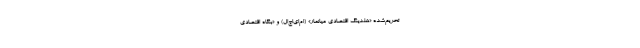
تحریم‌شده «هلدینگ اقتصادی میانمار» (ام‌ای‌اچ‌ال) و «بنگاه اقتصادی